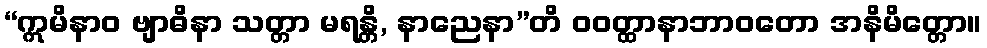
“ဣမိနာဝ ဗျာဓိနာ သတ္တာ မရန္တိ, နာညေနာ”တိ ဝဝတ္ထာနာဘာဝတော အနိမိတ္တော။